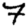
Digit: 7